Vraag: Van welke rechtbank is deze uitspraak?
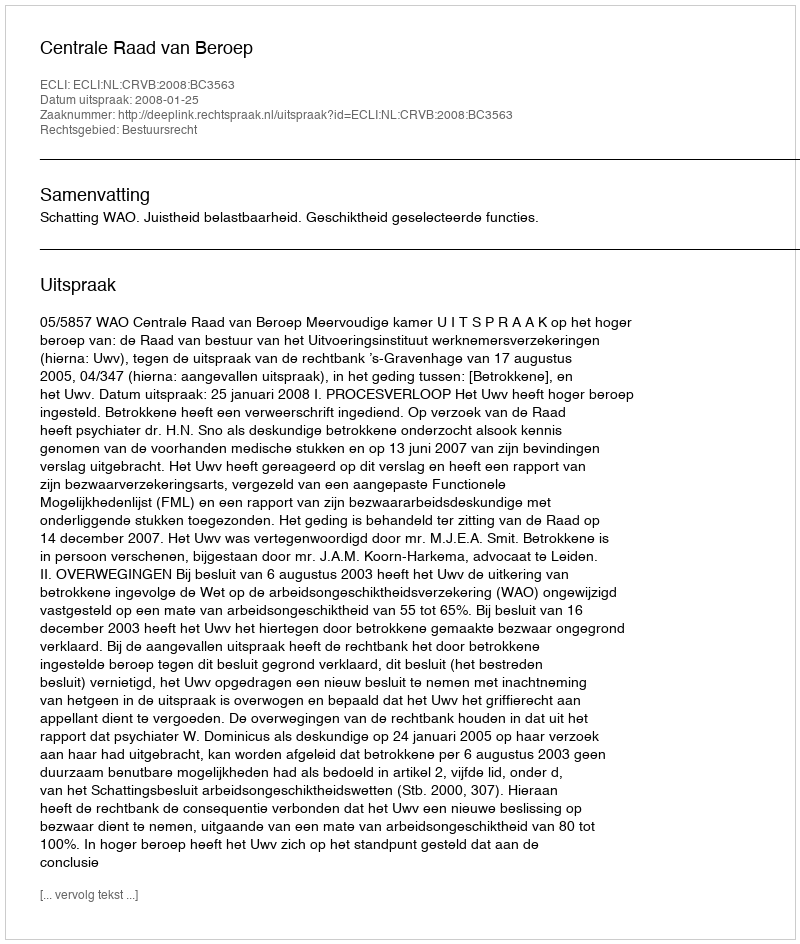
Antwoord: Centrale Raad van Beroep